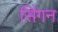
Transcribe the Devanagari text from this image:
सिंगन